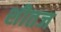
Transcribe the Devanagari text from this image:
शीतज